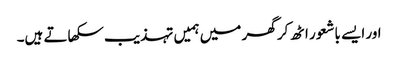
اور ایسے باشعور اٹھ کر گھر میں ہمیں تہذیب سکھاتے ہیں۔